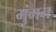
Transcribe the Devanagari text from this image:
मुंगन